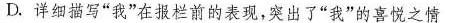
D.详细描写”我”在报栏前的表现，突出了”我”的喜悦之情